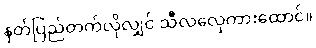
နတ်ပြည်တက်လိုလျှင် သီလလှေကားထောင်။